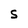
Character: S